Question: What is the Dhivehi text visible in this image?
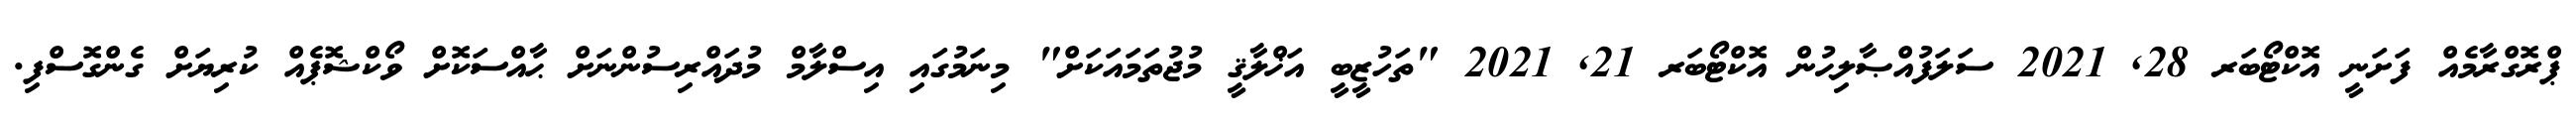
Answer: ޕްރޮގްރާމެއް ފަށަނީ އޮކްޓޯބަރ 28, 2021 ސަލަފުއްޞާލިޙުން އޮކްޓޯބަރ 21, 2021 "ތަހުޒީބީ އަޚްލާޤީ މުޖުތަމައަކަށް" މިނަމުގައި އިސްލާމް މުދައްރިސުންނަށް ޙާއްސަކޮށް ވޯކްޝޮޕެއް ކުރިޔަށް ގެންގޮސްފި.